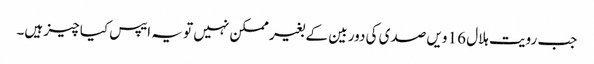
جب رویت ہلال 16 ویں صدی کی دور بین کے بغیر ممکن نہیں تو یہ ایپس کیا چیز ہیں۔